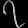
Digit: ၇